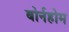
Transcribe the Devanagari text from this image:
बोर्नहोम